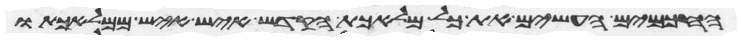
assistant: החכמים העשים את כל מלאכת הקדש איש איש ממלאכתו